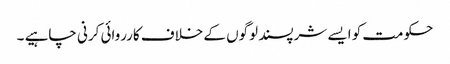
حکومت کو ایسے شرپسند لوگوں کے خلاف کارروائی کرنی چاہیے ۔